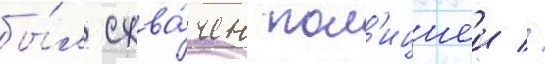
бы́л схва́чен пол'ициеи //